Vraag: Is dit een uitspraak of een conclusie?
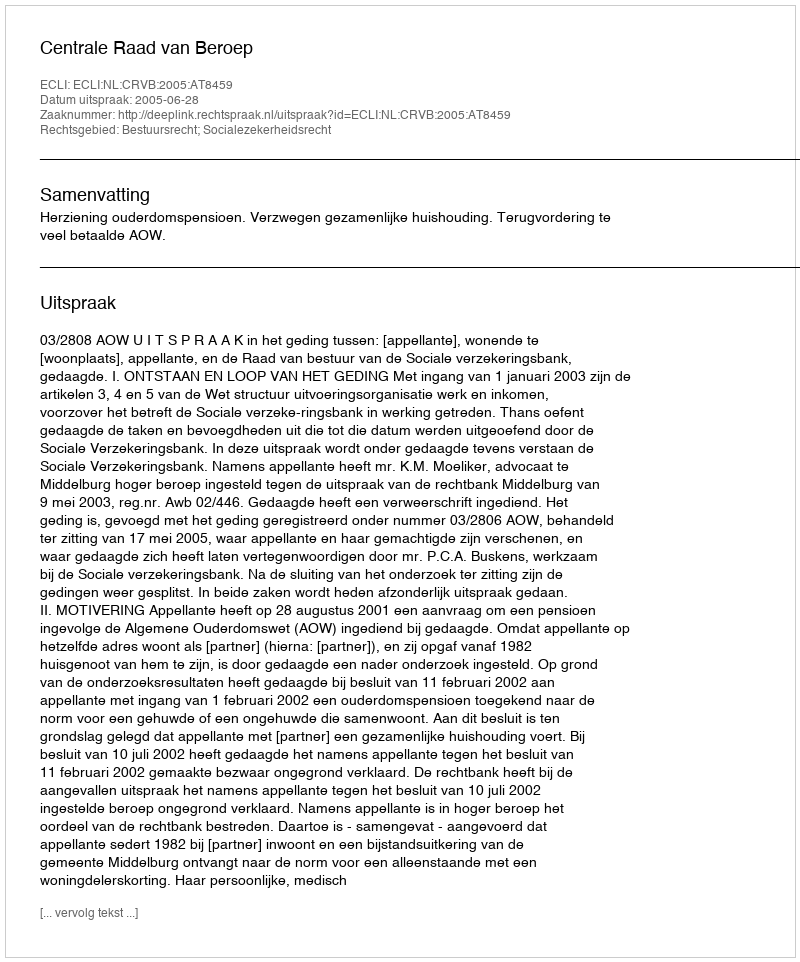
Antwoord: Uitspraak